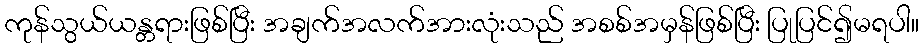
ကုန်သွယ်ယန္တရားဖြစ်ပြီး အချက်အလက်အားလုံးသည် အစစ်အမှန်ဖြစ်ပြီး ပြုပြင်၍မရပါ။